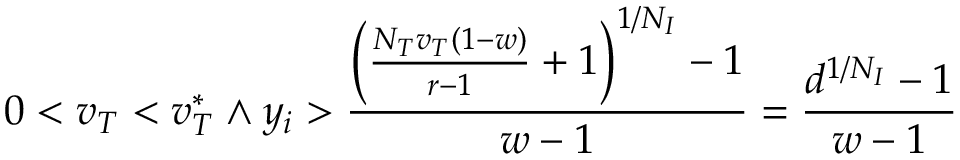
0 < v _ { T } < v _ { T } ^ { * } \land y _ { i } > \frac { \left( \frac { N _ { T } v _ { T } ( 1 - w ) } { r - 1 } + 1 \right) ^ { 1 / N _ { I } } - 1 } { w - 1 } = \frac { d ^ { 1 / N _ { I } } - 1 } { w - 1 }